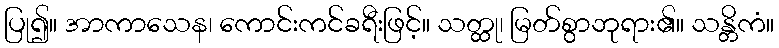
ပြု၍။ အာကာသေန၊ ကောင်းကင်ခရီးဖြင့်။ သတ္ထု၊ မြတ်စွာဘုရား၏။ သန္တိကံ။